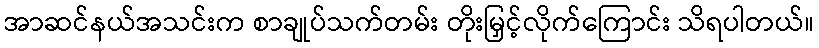
အာဆင်နယ်အသင်းက စာချုပ်သက်တမ်း တိုးမြှင့်လိုက်ကြောင်း သိရပါတယ်။